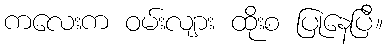
ကလေးက ဝမ်းလျား ထိုးစ ပြုနေပြီ။